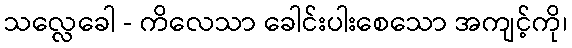
သလ္လေခေါ - ကိလေသာ ခေါင်းပါးစေသော အကျင့်ကို၊